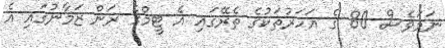
ނަމަވެސް 80 ގެ އަހަރުތަކުގެ ތެރޭގައި އެ ޓީމްގެ ރަން ޒަމާނުގައި އެ